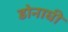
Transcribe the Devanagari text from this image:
डोनाघी